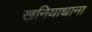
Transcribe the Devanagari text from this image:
खनियाधाना